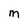
Character: M